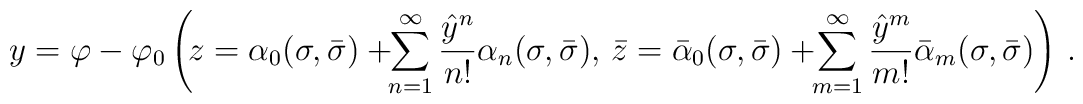
y=\varphi-\varphi_0\left(\!z=\alpha_0(\sigma,\bar{\sigma})+\!\!\sum^{\infty}_{n=1}\frac{{\hat{y}}^n}{n!}\alpha_n(\sigma,\bar{\sigma}),\,\bar{z}=\bar{\alpha}_0(\sigma,\bar{\sigma})+\!\!\sum^{\infty}_{m=1}\frac{{\hat{y}}^m}{m!}\bar{\alpha}_m(\sigma,\bar{\sigma})\right)\,.